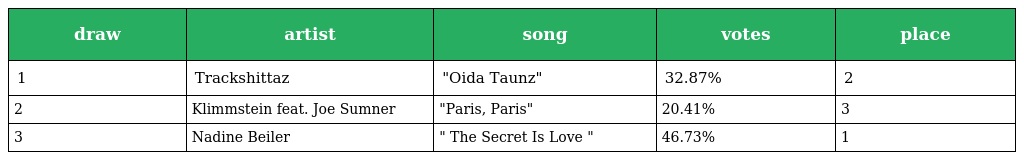
| draw | artist | song | votes | place |
 | --- | --- | --- | --- | --- |
 | 1 | Trackshittaz | "Oida Taunz" | 32.87% | 2 |
 | 2 | Klimmstein feat. Joe Sumner | "Paris, Paris" | 20.41% | 3 |
 | 3 | Nadine Beiler | " The Secret Is Love " | 46.73% | 1 |